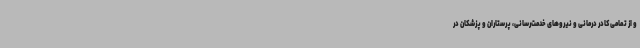
و از تمامی کادر درمانی و نیروهای خدمت‌رسانی، پرستاران و پزشکان در